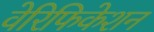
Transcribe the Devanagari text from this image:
वेरिफिकेशन